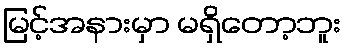
မြင့်အနားမှာ မရှိတော့ဘူး